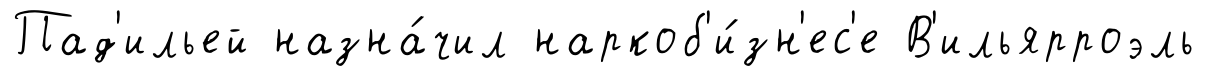
Пад'ильей назна́чил наркоб'и́зн'ес'е В'ильярроэль